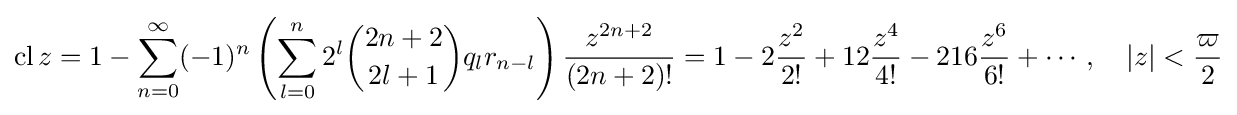
\operatorname {cl} {z}=1-\sum _{n=0}^{\infty }(-1)^{n}\left(\sum _{l=0}^{n}2^{l}{\binom {2n+2}{2l+1}}q_{l}r_{n-l}\right){\frac {z^{2n+2}}{(2n+2)!}}=1-2{\frac {z^{2}}{2!}}+12{\frac {z^{4}}{4!}}-216{\frac {z^{6}}{6!}}+\cdots ,\quad \left|z\right|<{\frac {\varpi }{2}}